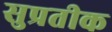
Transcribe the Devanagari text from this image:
सुप्रतीक